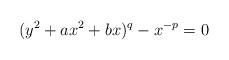
LaTeX: \begin{align*}(y^2+ax^2+bx)^q-x^{-p}=0\end{align*}